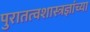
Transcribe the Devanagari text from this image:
पुरातत्वशास्त्रज्ञांच्या